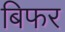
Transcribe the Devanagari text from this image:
बिफर